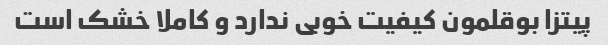
پیتزا بوقلمون کیفیت خوبی ندارد و کاملا خشک است